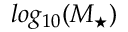
l o g _ { 1 0 } ( M _ { \mathrm { \star } } )